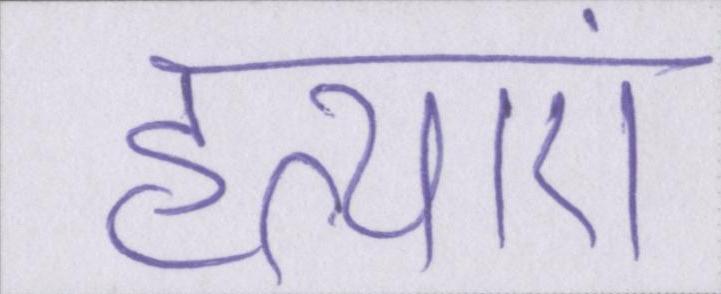
हत्याएं